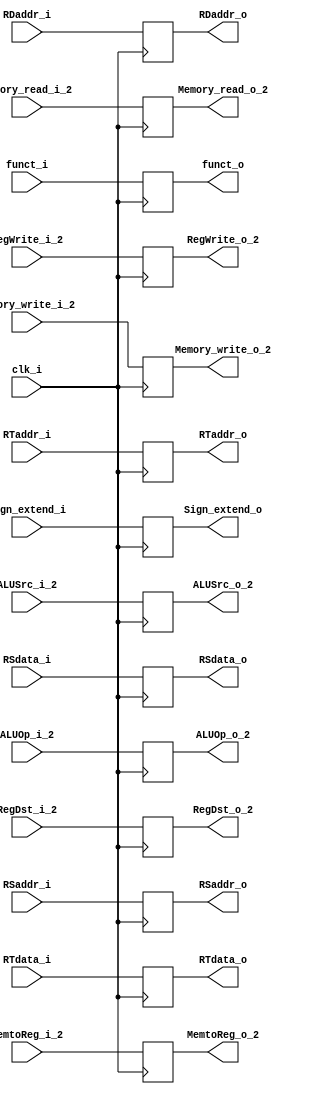
module Stage2(
    RegWrite_i_2,
    RegWrite_o_2,
    MemtoReg_i_2,
    MemtoReg_o_2,
    Memory_write_i_2,
    Memory_write_o_2,
    Memory_read_i_2,
    Memory_read_o_2,
    ALUSrc_i_2,
    ALUOp_i_2,
    RegDst_i_2,
    ALUSrc_o_2,
    ALUOp_o_2,
    RegDst_o_2,
    clk_i,
	
	RSdata_i,
    RSdata_o,
    RTdata_i,
    RTdata_o,
    
	Sign_extend_i,
    Sign_extend_o,
    
	RSaddr_i,
	RSaddr_o,
	RTaddr_i,
	RTaddr_o,
	RDaddr_i,
	RDaddr_o,

   funct_i,
   funct_o
);

input         RegWrite_i_2,MemtoReg_i_2,Memory_write_i_2,Memory_read_i_2,ALUSrc_i_2,RegDst_i_2, clk_i;
output        RegWrite_o_2,MemtoReg_o_2,Memory_write_o_2,Memory_read_o_2,ALUSrc_o_2,RegDst_o_2;
reg           RegWrite_o_2,MemtoReg_o_2,Memory_write_o_2,Memory_read_o_2,ALUSrc_o_2,RegDst_o_2;
input  [1:0]  ALUOp_i_2;
output [1:0]  ALUOp_o_2;
reg    [1:0]  ALUOp_o_2;
input  [31:0] RSdata_i, RTdata_i, Sign_extend_i;
output [31:0] RSdata_o, RTdata_o, Sign_extend_o;
reg    [31:0] RSdata_o, RTdata_o, Sign_extend_o;
input  [4:0]  RSaddr_i, RTaddr_i, RDaddr_i;
output [4:0]  RSaddr_o, RTaddr_o, RDaddr_o;
reg    [4:0]  RSaddr_o, RTaddr_o, RDaddr_o;
input  [5:0]  funct_i;
output [5:0]  funct_o;
reg    [5:0]  funct_o;


always @(posedge clk_i)begin
	RegWrite_o_2 <= RegWrite_i_2;
	MemtoReg_o_2 <= MemtoReg_i_2;	
	Memory_write_o_2 <= Memory_write_i_2;
	Memory_read_o_2 <= Memory_read_i_2;
	ALUSrc_o_2 <= ALUSrc_i_2;
	RegDst_o_2 <= RegDst_i_2;
	ALUOp_o_2 <= ALUOp_i_2;
	RSdata_o <= RSdata_i;
	RTdata_o <= RTdata_i;
	Sign_extend_o <= Sign_extend_i;
	RSaddr_o <= RSaddr_i;
	RTaddr_o <= RTaddr_i;
	RDaddr_o <= RDaddr_i;
   funct_o <= funct_i;
end

endmodule